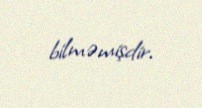
bilməmişdir.